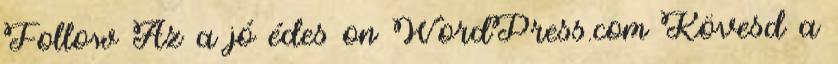
Follow Az a jó édes on WordPress.com Kövesd a